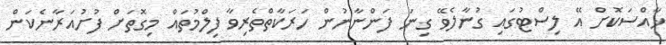
ޚާއްސަކޮށް އޭ ލިސްޓުގައި ގުނާލެވޭ ގިނަ ފަންނާނުން ހަރަކާތްތެރިވާ ފިލްމުތައް މިގޮތަށް ފުށުއަރާނެކަން